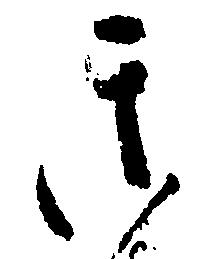
き